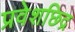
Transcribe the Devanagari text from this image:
प्रवेशछिद्र